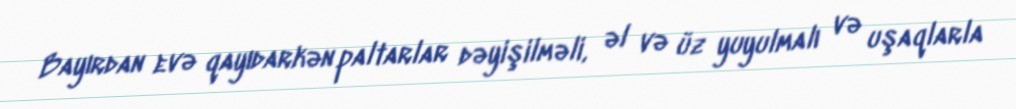
Bayırdan evə qayıdarkən paltarlar dəyişilməli, əl və üz yuyulmalı və uşaqlarla